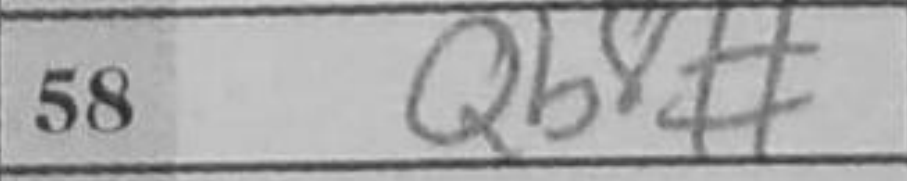
Transcription: Qb8#